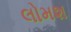
લોમશ